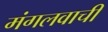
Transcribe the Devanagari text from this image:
मंगलवाची